system: You are a helpful assistant.
user:
Analyze the provided spectrum to determine if it is a **Carbon Star (C-type)**.

- **Key Visual Indicators of Carbon Star:**
    - **(Primary):** Strong molecular absorption from **C₂ (diatomic carbon) "Swan Bands."** This is the **defining feature** of a carbon star.
        - **(Key Bandheads):** Sharp absorption edges are visible at approximately $5635$ Å, $5165$ Å (the strongest band), and $4737$ Å.
        - **(Line Profile):** Creates a distinct **"saw-tooth"** pattern. The key morphology is a sharp, steep bandhead on the **red (long-wavelength) side**, which then gradually tapers off (i.e., flux recovers) towards the **blue (short-wavelength) side**. *(This is the direct opposite of the TiO bands seen in M-type stars)*.

    - **(Secondary):** Intense **CN (cyanogen)** molecular absorption bands.
        - **(Key Bandheads):** Located in the blue and violet regions of the spectrum (e.g., near $4215$ Å and $3883$ Å).
        - **(Morphology):** These bands are extremely broad and act as a "blanket," absorbing the vast majority of blue and violet light. This creates a characteristic **"cliff"** or **"steep drop-off"** in the spectrum's flux at short wavelengths.

    - **(Key Confirmation):** Strong **CH absorption band (G-band)**.
        - **(Key Bandhead):** Located around $4300$ Å. The contribution from CH molecules to this band is exceptionally strong.

    - **(Overall Spectrum):**
        - The continuum is severely "chopped up" by these deep molecular bands, especially C₂, rather than appearing as a smooth curve.
        - Due to the heavy CN and C₂ absorption in the blue-green, the vast majority of the star's flux is concentrated in the red part of the spectrum, giving the star its characteristic deep red color.

Think first, call **spectral_visualization_tool** if needed to examine features in detail, then provide your final answer. Your response must adhere to the following strict rules:
1.  **Overall Structure:** Your response must follow the format `<think>...</think> <tool_call>...</tool_call> (if a tool is used) <answer>...</answer>`.
2.  **Tool Usage Constraint:** You may only make **one** tool call per turn.
3.  **Final Answer Format:** In the `<answer>` tag, your conclusion must be inside a `\boxed{}` command (e.g., `\boxed{YES}`), followed by your justification.

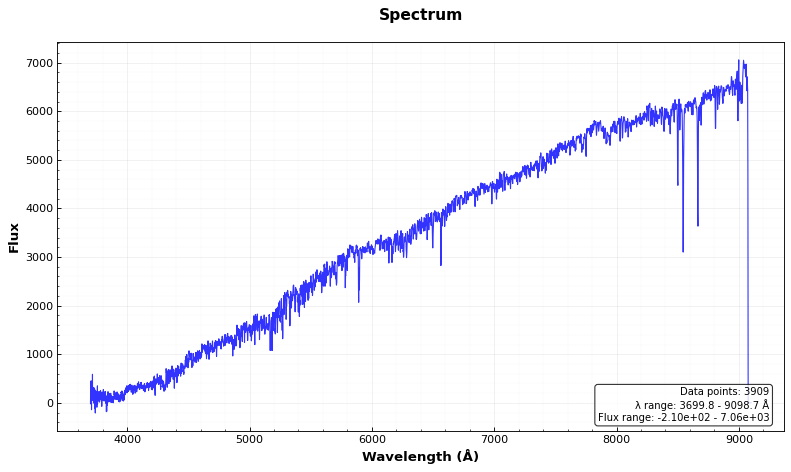
Answer: NO